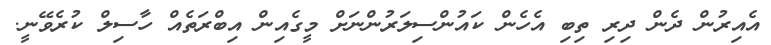
އެއިރުން ދެން ދިރި ތިބި އެހެން ކައުންސިލަރުންނަށް މީގެއިން އިބްރަތެއް ހާސިލް ކުރެވޭނީ.